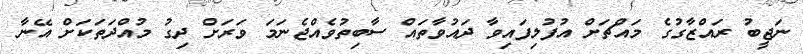
ނަޖީބު ރައްޒާގުގެ މައްޗަށް އުފުލިފައިވާ ދައުވާތައް ސާބިތުވެއްޖެނަމަ ވަރަށް ދިގު މުއްދަތަކަށް އޭނާ